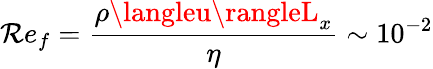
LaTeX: \mathcal{R}e_{f}=\frac{{\rho\langleu\rangleL_{x}}}{{\eta}}\sim10^{-2}